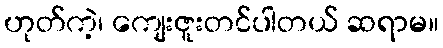
ဟုတ်ကဲ့၊ ကျေးဇူးတင်ပါတယ် ဆရာမ။